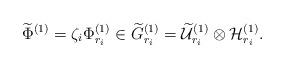
LaTeX: \begin{align*}\widetilde{\Phi}^{(1)}=\zeta_{i}\Phi^{(1)}_{r_{i}}\in \widetilde{G}^{(1)}_{r_{i}}=\widetilde{\cal U}^{(1)}_{r_{i}}\otimes{\cal H}^{(1)}_{r_{i}}.\end{align*}